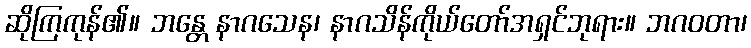
ဆိုကြကုန်၏။ ဘန္တေ နာဂသေန၊ နာဂသိန်ကိုယ်တော်အရှင်ဘုရား။ ဘဂဝတာ၊